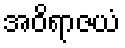
အဝိရာဇယံ